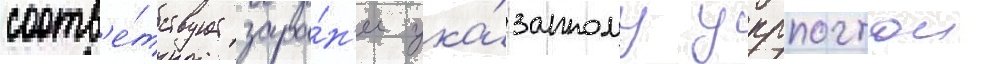
соотв'е́тствует зара́н'ее ука́занному укрпочтои